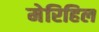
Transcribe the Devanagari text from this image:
मेरिहिल